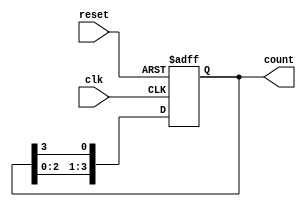
module ring_counter (
    input wire clk,          // Clock signal
    input wire reset,        // Asynchronous reset signal
    output reg [3:0] count   // 4-bit output for the ring counter
);

// Initial state
initial begin
    count = 4'b0001; // Start with the first flip-flop set to '1'
end

// Always block triggered on the rising edge of the clock or the reset signal
always @(posedge clk or posedge reset) begin
    if (reset) begin
        count <= 4'b0001; // Reset to initial state
    end else begin
        // Shift the '1' to the next flip-flop in the ring
        count <= {count[2:0], count[3]}; // Shift left and wrap around
    end
end

endmodule